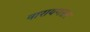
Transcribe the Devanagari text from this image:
नारायणसर